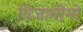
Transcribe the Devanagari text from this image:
विजानीमो